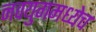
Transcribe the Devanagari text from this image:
नवयुगमध्येच